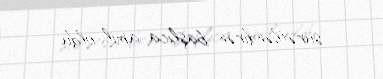
sürətləndirən başlıca amil oldu.